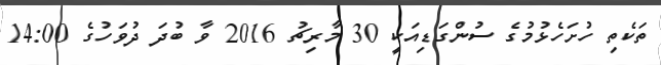
ތަކެތި ހުށަހެޅުމުގެ ސުންގަޑިއަކީ 30 މާރިޗު 2016 ވާ ބުދަ ދުވަހުގެ 14:00